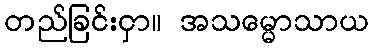
တည်ခြင်းငှာ။ အသမ္မောသာယ